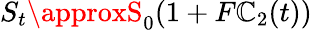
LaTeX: S_{t}\approxS_{0}(1+F\mathbb{C}_{2}(t))